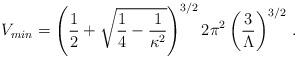
LaTeX: \begin{align*}V_{min}= \left({1\over 2}+\sqrt{{1\over 4}-{1\over\kappa^2}}\right)^{3/2}2\pi^2 \left({3\over\Lambda}\right)^{3/2} \,.\end{align*}